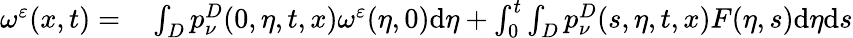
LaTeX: \begin{array}{rl}{\omega^{\varepsilon}(x,t)=}&{{}\int_{D}p_{\nu}^{D}(0,\eta,t,x)\omega^{\varepsilon}(\eta,0)\mathrm{d}\eta+\int_{0}^{t}\int_{D}p_{\nu}^{D}(s,\eta,t,x)F(\eta,s)\mathrm{d}\eta\mathrm{d}s}\end{array}